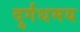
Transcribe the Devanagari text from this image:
दुर्गंधमय